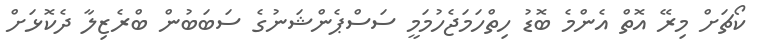
ކޯޗަށް މިރޭ އޮތް އެންމެ ބޮޑު ހިތްހަމަޖެހުމަމީ ސަސްޕެންޝަނުގެ ސަބަބުން ބްރެޒިލާ ދެކޮޅަށް